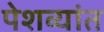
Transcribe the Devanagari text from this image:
पेशव्यांत